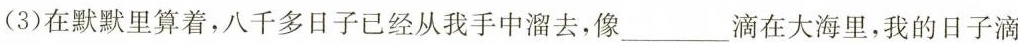
(3)在默默里算着，八千多日子已经从我手中溜去，像___滴在大海里，我的日子滴